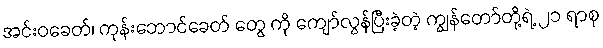
အင်းဝခေတ်၊ ကုန်းဘောင်ခေတ် တွေ ကို ကျော်လွန်ပြီးခဲ့တဲ့ ကျွန်တော်တို့ရဲ့ ၂၁ ရာစု